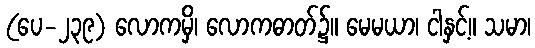
(ပေ-၂၃၉) လောကမှိ၊ လောကဓာတ်၌။ မေမယာ၊ ငါနှင့်။ သမာ၊